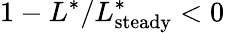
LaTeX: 1-L^{\ast}/L_{\mathrm{steady}}^{\ast}<0